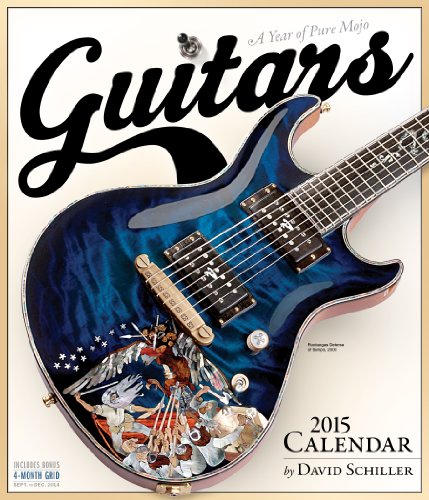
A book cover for Guitars 2015 Wall Calendar; David Schiller; Calendars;